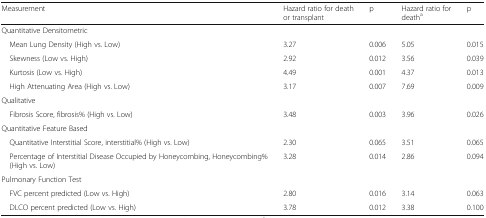
| Measurement | Hazard ratio for death or transplant | p | Hazard ratio for deatha | p |
 | --- | --- | --- | --- | --- |
 | <COLSPAN=5> Quantitative Densitometric |
 | Mean Lung Density (High vs. Low) | 3.27 | 0.006 | 5.05 | 0.015 |
 | Skewness (Low vs. High) | 2.92 | 0.012 | 3.56 | 0.039 |
 | Kurtosis (Low vs. High) | 4.49 | 0.001 | 4.37 | 0.013 |
 | High Attenuating Area (High vs. Low) | 3.17 | 0.007 | 7.69 | 0.009 |
 | <COLSPAN=5> Qualitative |
 | Fibrosis Score, fibrosis% (High vs. Low) | 3.48 | 0.003 | 3.96 | 0.026 |
 | <COLSPAN=5> Quantitative Feature Based |
 | Quantitative Interstitial Score, interstitial% (High vs. Low) | 2.30 | 0.065 | 3.51 | 0.065 |
 | Percentage of Interstitial Disease Occupied by Honeycombing, Honeycombing% (High vs. Low) | 3.28 | 0.014 | 2.86 | 0.094 |
 | <COLSPAN=5> Pulmonary Function Test |
 | FVC percent predicted (Low vs. High) | 2.80 | 0.016 | 3.14 | 0.063 |
 | DLCO percent predicted (Low vs. High) | 3.78 | 0.012 | 3.38 | 0.100 |